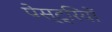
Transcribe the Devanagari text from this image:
पेस्ट्रियों